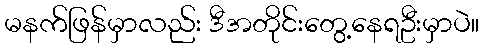
မနက်ဖြန်မှာလည်း ဒီအတိုင်းတွေ့နေရဦးမှာပဲ။